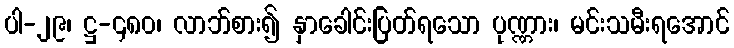
ပါ-၂၉၊ ဋ္ဌ-၄၈၀၊ လာဘ်စား၍ နှာခေါင်းပြတ်ရသော ပုဏ္ဏား၊ မင်းသမီးရအောင်